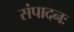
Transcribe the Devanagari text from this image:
संपादनः